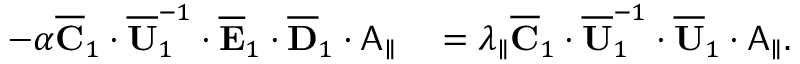
\begin{array} { r l } { - \alpha \overline { { \mathbf { C } } } _ { 1 } \cdot \overline { { \mathbf { U } } } _ { 1 } ^ { - 1 } \cdot \overline { { \mathbf { E } } } _ { 1 } \cdot \overline { { \mathbf { D } } } _ { 1 } \cdot \mathsf { A } _ { \parallel } } & { { } = \lambda _ { \parallel } \overline { { \mathbf { C } } } _ { 1 } \cdot \overline { { \mathbf { U } } } _ { 1 } ^ { - 1 } \cdot \overline { { \mathbf { U } } } _ { 1 } \cdot \mathsf { A } _ { \parallel } . } \end{array}